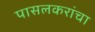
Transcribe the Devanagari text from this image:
पासलकरांचा